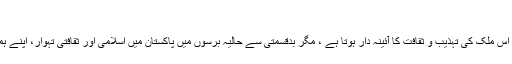
→
کسی بھی ملک میں منائے جانے والا تہوار، اس ملک کی تہذیب و ثقافت کا آئینہ دار ہوتا ہے ، مگر بدقسمتی سے حالیہ برسوں میں پاکستان میں اسلامی اور ثقافتی تہوار، اپنے ہمراہ کشت و خون کی بارش لے کر آ تے ہیں۔